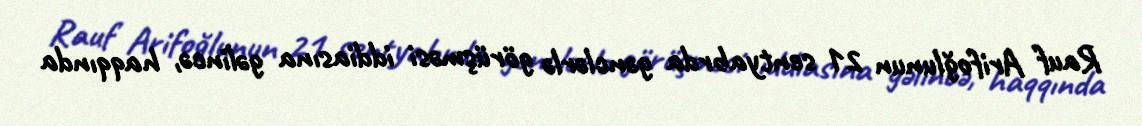
Rauf Arifoğlunun 21 sentyabrda gənclərlə görüşməsi iddiasına gəlincə, haqqında